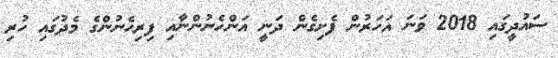
ސައުދީގައި 2018 ވަނަ އަހަރުން ފެށިގެން ދަނީ އަންހެނުންނާއި ފިރިހެނުންގެ މެދުގައި ހުރި